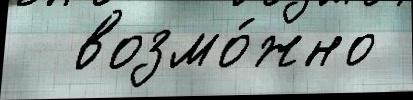
  возмо́жно